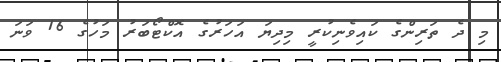
މި ދެ ތަރިންގެ ކައިވެނިކުރީ މިދިޔަ އަހަރުގެ އޮކްޓޯބަރު މަހުގެ 16 ވަނަ